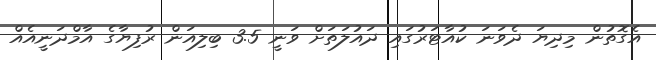
އެގޮތުން މިދިޔަ ދެވަނަ ކުއާޓަރުގައި ދައުލަތަށް ވަނީ 3.5 ބިލިއަން ރުފިޔާގެ އާމްދަނީއެއް